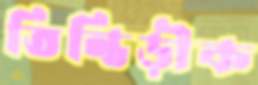
তিন্তিড়ীক